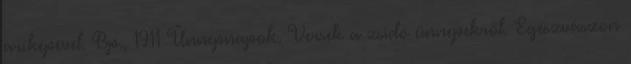
arcképével. Bp., 1911 Ünnepnapok. Versek a zsidó ünnepekről. Egészvászon